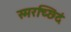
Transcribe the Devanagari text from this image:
स्मरच्छिदं